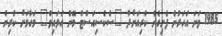
1985 ވަނަ އަހަރުން ފެށިގެން ކުރިއަށްދާ "ސެކްސިއަސްޓް މޭން އަލައިވް" މަގާމަށް ކުރިން